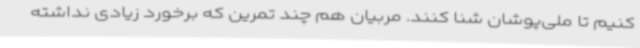
کنیم تا ملی‌پوشان شنا کنند. مربیان هم چند تمرین که برخورد زیادی نداشته